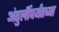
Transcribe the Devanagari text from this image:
अंतुर्लीपर्यंतच्या